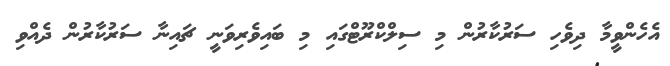
އެހެންވީމާ ދިވެހި ސަރުކާރުން މި ސިލްކްރޫޓްގައި މި ބައިވެރިވަނީ ޗައިނާ ސަރުކާރުން ދެއްވި